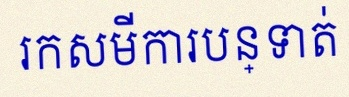
រកសមីការបន្ទាត់